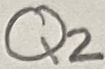
Text: Q2